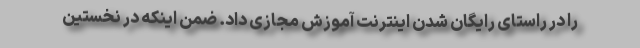
را در راستای رایگان شدن اینترنت آموزش مجازی داد. ضمن اینکه در نخستین